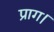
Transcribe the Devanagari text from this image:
प्राग।